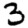
Digit: 3